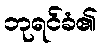
ဘုရင်ခံ၏